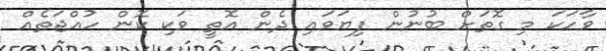
ވާހަކަ މި ގޮތަށް ބުނުން ފިޔަވައި ދެން އޮތީ ވަކި ކޮން ހުއްޖަތެއް